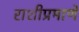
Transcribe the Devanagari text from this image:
राशीप्रमाणे